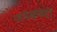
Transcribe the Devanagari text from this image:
जयकृष्णी